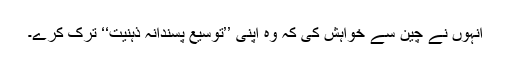
انہوں نے چین سے خواہش کی کہ وہ اپنی ’’توسیع پسندانہ ذہنیت‘‘ ترک کرے۔